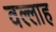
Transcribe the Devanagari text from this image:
वल्लाह